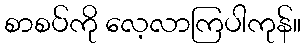
စာစပ်ကို လေ့လာကြပါကုန်။